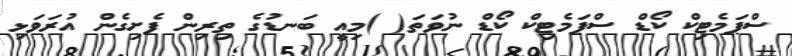
ސްޕަމެޓިކް ކޯޑް ސްޕަމެޓިކް ކޯޑް ނުވަތަ( )މިއީ ބަނޑުގެ ތިރިން ފެށިގެން އުރަވަޅި